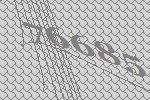
76685